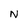
Character: N